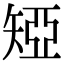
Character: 𥏝